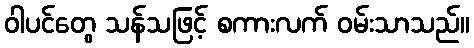
ဝါပင်တွေ သန်သဖြင့် စကားလက် ဝမ်းသာသည်။